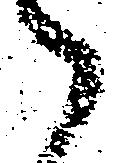
候